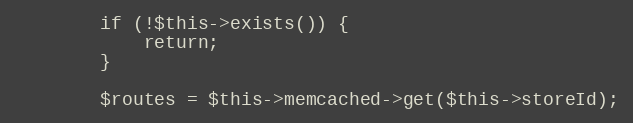
Language: PHP
        if (!$this->exists()) {
            return;
        }

        $routes = $this->memcached->get($this->storeId);